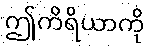
ဤကိရိယာကို